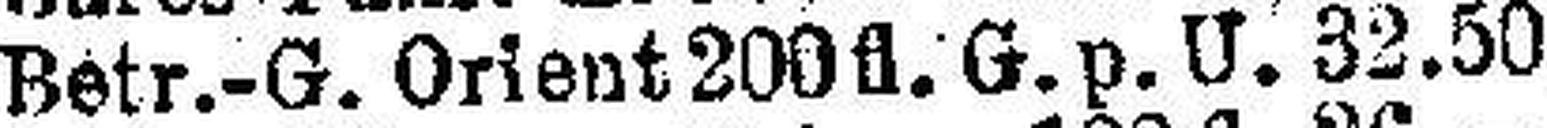
Betr.-G. Orient 200fl. G. p. U. 32.50